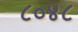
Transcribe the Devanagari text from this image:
८०४८